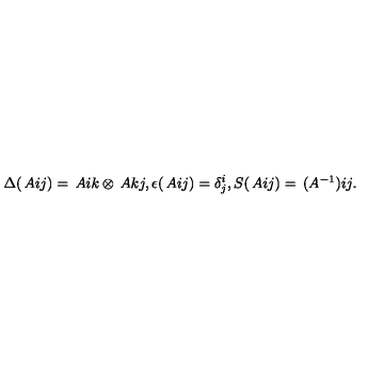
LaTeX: \Delta ( \begin{matrix} { A } \\ \end{matrix} { i } { j } ) = \begin{matrix} { A } \\ \end{matrix} { i } { k } \otimes \begin{matrix} { A } \\ \end{matrix} { k } { j } , \epsilon ( \begin{matrix} { A } \\ \end{matrix} { i } { j } ) = \delta _ { j } ^ { i } , S ( \begin{matrix} { A } \\ \end{matrix} { i } { j } ) = \begin{matrix} { ( A ^ { - 1 } ) } \\ \end{matrix} { i } { j } .